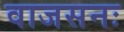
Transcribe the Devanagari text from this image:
वाजसनः